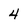
Character: 4